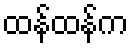
ထန်ထန်က